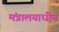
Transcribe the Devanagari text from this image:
मंत्रालयाधीन